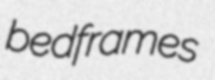
bedframes